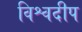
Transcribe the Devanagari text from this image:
विश्वदीप